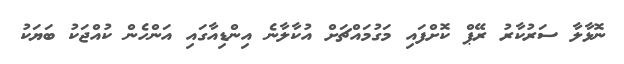
ނޮޅާލާ ސަރުކާރު ރޭޕް ކޮށްފައި މަގުމައްޗަށް އުކާލާނެ އިންޑިއާގައި އަންހެން ކުއްޖަކު ބަޔަކު